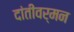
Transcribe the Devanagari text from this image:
दांतीवर्मन